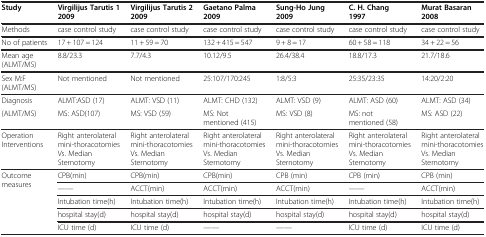
| Study | Virgilijus Tarutis 1 2009 | Virgilijus Tarutis 2 2009 | Gaetano Palma 2009 | Sung-Ho Jung 2009 | C. H. Chang 1997 | Murat Basaran 2008 |
 | --- | --- | --- | --- | --- | --- | --- |
 | Methods | case control study | case control study | case control study | case control study | case control study | case control study |
 | No of patients | 17 + 107 = 124 | 11 + 59 = 70 | 132 + 415 = 547 | 9 + 8 = 17 | 60 + 58 = 118 | 34 + 22 = 56 |
 | Mean age (ALMT/MS) | 8.8/23.3 | 7.7/4.3 | 10.12/9.5 | 26.4/38.4 | 18.8/17.3 | 21.7/18.6 |
 | Sex M:F (ALMT/MS) | Not mentioned | Not mentioned | 25:107/170:245 | 1:8/5:3 | 25:35/23:35 | 14:20/2:20 |
 | Diagnosis | ALMT:ASD (17) | ALMT: VSD (11) | ALMT: CHD (132) | ALMT: VSD (9) | ALMT: ASD (60) | ALMT: ASD (34) |
 | (ALMT/MS) | MS: ASD(107) | MS: VSD (59) | MS: Not mentioned (415) | MS: VSD (8) | MS: not mentioned (58) | MS: ASD (22) |
 | Operation Interventions | Right anterolateral mini-thoracotomies Vs. Median Sternotomy | Right anterolateral mini-thoracotomies Vs. Median Sternotomy | Right anterolateral mini-thoracotomies Vs. Median Sternotomy | Right anterolateral mini-thoracotomies Vs. Median Sternotomy | Right anterolateral mini-thoracotomies Vs. Median Sternotomy | Right anterolateral mini-thoracotomies Vs. Median Sternotomy |
 | Outcome measures | CPB(min) | CPB(min) | CPB(min) | CPB (min) | CPB (min) | CPB (min) |
 |  | —— | ACCT(min) | ACCT(min) | ACCT(min) | —— | ACCT(min) |
 |  | Intubation time(h) | Intubation time(h) | Intubation time(h) | Intubation time(h) | Intubation time(h) | Intubation time(h) |
 |  | hospital stay(d) | hospital stay(d) | hospital stay(d) | hospital stay(d) | hospital stay(d) | hospital stay(d) |
 |  | ICU time (d) | ICU time (d) | —— | —— | ICU time (d) | ICU time (d) |